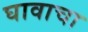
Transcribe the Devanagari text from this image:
घावाचा